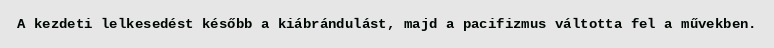
A kezdeti lelkesedést később a kiábrándulást, majd a pacifizmus váltotta fel a művekben.